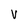
Character: V